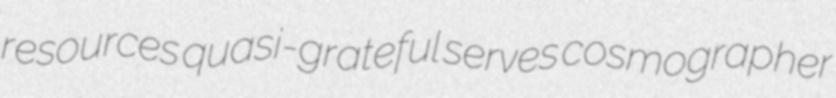
resources quasi-grateful serves cosmographer